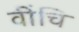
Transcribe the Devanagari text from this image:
वींचि